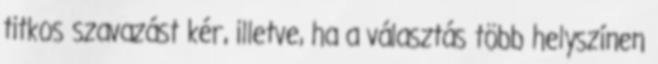
titkos szavazást kér, illetve, ha a választás több helyszínen